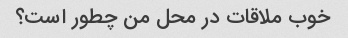
خوب ملاقات در محل من چطور است؟